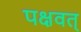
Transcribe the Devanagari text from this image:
पक्षवत्